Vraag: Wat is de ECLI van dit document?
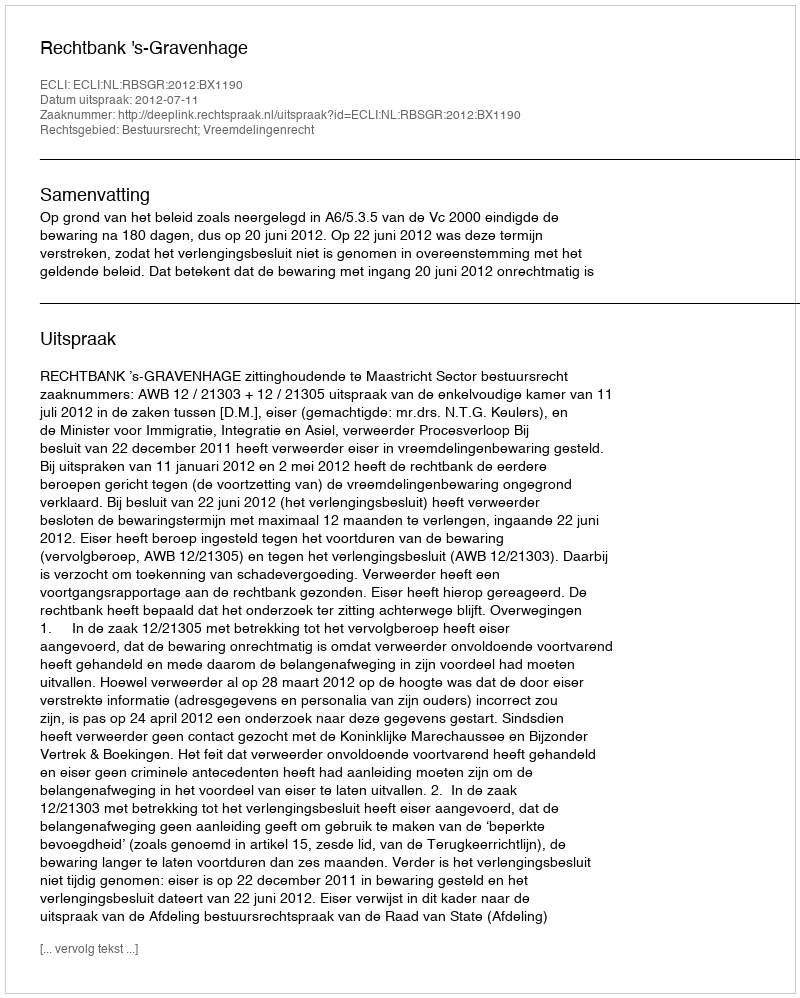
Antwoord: ECLI:NL:RBSGR:2012:BX1190